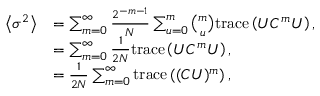
\begin{array} { r l } { \left\langle \sigma ^ { 2 } \right\rangle } & { = \sum _ { m = 0 } ^ { \infty } \frac { 2 ^ { - m - 1 } } { N } \sum _ { u = 0 } ^ { m } \binom { m } { u } \mathrm { t r a c e } \left( U C ^ { m } U \right) , } \\ & { = \sum _ { m = 0 } ^ { \infty } \frac { 1 } { 2 N } \mathrm { t r a c e } \left( U C ^ { m } U \right) , } \\ & { = \frac { 1 } { 2 N } \sum _ { m = 0 } ^ { \infty } \mathrm { t r a c e } \left( ( C U ) ^ { m } \right) , } \end{array}